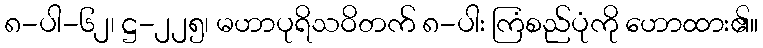
၈-ပါ-၆၂၊ ဋ္ဌ-၂၂၅၊ မဟာပုရိသဝိတက် ၈-ပါး ကြံစည်ပုံကို ဟောထား၏။